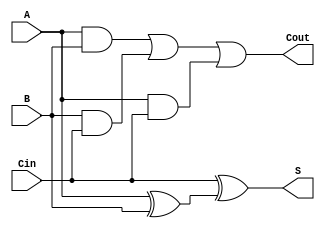
/* 
	Full Adder using AND,OR and XOR gate
	full adder equation
	S = A xor B xor Cin
	Cout = (A and B) or (A and B) or (B and C)
	 
	implemented this logic in structual model
	*/

module full_adder (A,B,Cin,S,Cout);

input A;
input B;
input Cin;
output S;
output Cout;

wire w1;
wire w2;
wire w3;
wire w4;

//implement eq for S

xor G1 (w1,A,B);
xor G2 (S,Cin,w1);

// implement eq for Cout

and G3 (w2,A,B);
and G4 (w3,B,Cin);
and G5 (w4,A,Cin);
or G6 (Cout,w2,w3,w4);

endmodule